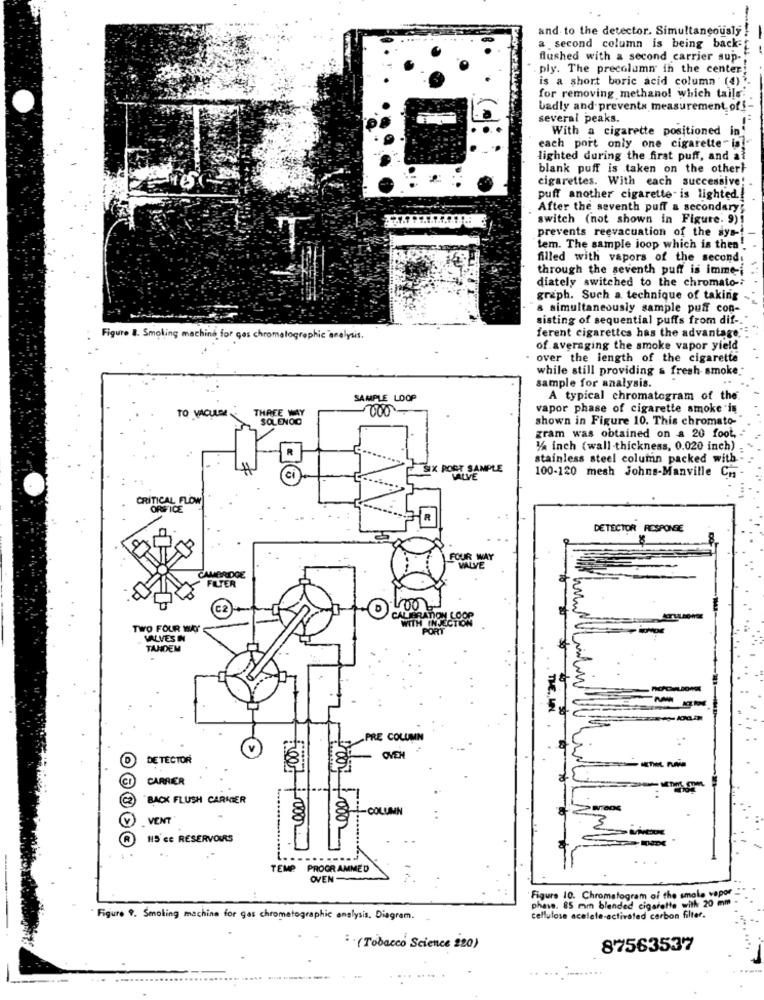
and to the detector. Simultaneously
a second column is being back-
flushed with a second carrier sup-
ply. The precolumn in the center;
is a short boric acid column (4).
for removing methano! which tails!
badly and prevents measurement of !-
several peaks.
With a cigarette positioned in
each port only one cigarette- ial
lighted during the firat puff, and al
blank puff is taken on the other}
cigarettes. With each successive!
puff another cigarette is lighted .!
After the seventh puff a secondary;
switch (not shown in Figure. 9)!
prevents reevacuation of the sys -!
tem. The sample joop which is then !.
filled with vapors of the second:
through the seventh puff is imme-i
diately switched to the chromato-
graph. Such a technique of taking
& simultaneously sample puff con-
sisting of sequential puffs from dif-
Figure 8. Smoking machine for ges chromatographic analysis.
ferent cigarettes has the advantage.
of averaging the smoke vapor yield
over the length of the cigarette
while still providing & fresh smoke-
sample for analysis.
SAMPLE LOOP
A typical chromatogram of the
THREE WAY
vapor phase of cigarette smoke is
TO VACULDE
SOLENOO
shown in Figure 10. This chromato-
gram was obtained on a 20 foot,
1/4 inch (wall thickness, 0.020 inch)
stainless steel column packed with
SIX PORT SAMPLE
SALVE
100-120 mesh Johns-Manville Cn
CRITICAL FLOW
ORIFICE
DETECTOR RESPONSE
FOUR
VALVE
CAMBRIDGE
FILTER
C2
CALIBRATION
WITH INJECTION
TWO FOUR WO
VALVES IN
TANDEM
THE, UN
PRE COLUMN
V
DETECTOR
CARRIER
BACK FLUSH CARMIER
-COLUMN
VENT
115 ce RESERVOIRS
TEMP PROGRAMMED
OVEN
Figure 10. Chromatogram of the smoke vepor
phase. 85 mm blended cigarette with 20 mm .
Figure 9. Smoling machine for gas chromatographic analysis. Diagram.
cellulose acelete-activated carbon filter.
i .(Tobacco Science 220)
87563537
....